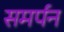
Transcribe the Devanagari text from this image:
समर्पन